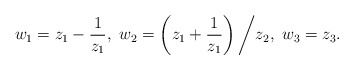
\begin{align*}w_1=z_1-\frac{1}{z_1},\ w_2=\left(z_1+\frac{1}{z_1}\right)\bigg/z_2,\ w_3=z_3.\end{align*}